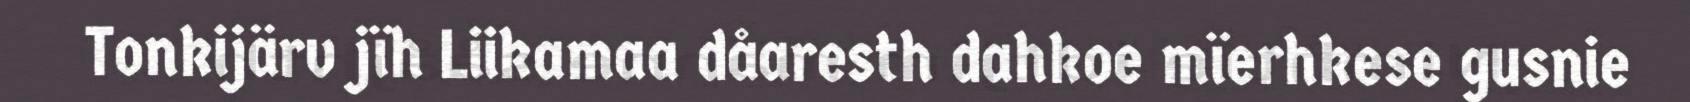
Tonkijärv jïh Liikamaa dåaresth dahkoe mïerhkese gusnie